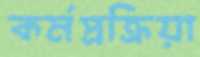
কর্মপ্রক্রিয়া